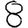
Digit: 8